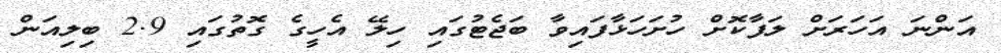
އަންނަ އަހަރަށް ލަފާކޮށް ހުށަހަޅާފައިވާ ބަޖެޓުގައި ހިލޭ އެހީގެ ގޮތުގައި 2.9 ބިލިއަން